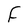
Character: F